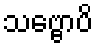
သဗ္ဗောပိ